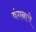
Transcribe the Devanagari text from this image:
वंगनाचे